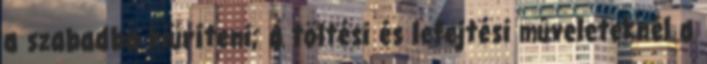
a szabadba kiüríteni; a töltési és lefejtési mûveleteknél a